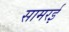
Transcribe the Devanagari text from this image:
सामरई